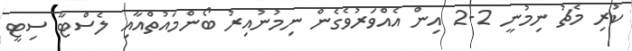
ކުރި މެޗު ނިމުނީ 2-2 އިން އެއްވަރުވެގެން ނިމުނުއިރު ބޯންމައުތްއާއި ލެސްޓާ ސިޓީ